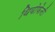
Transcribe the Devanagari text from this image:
थियोफेनी